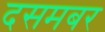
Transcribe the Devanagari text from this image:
दसमबर